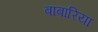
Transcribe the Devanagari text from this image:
बाबारिया